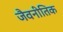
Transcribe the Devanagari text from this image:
जैवनीतिक